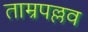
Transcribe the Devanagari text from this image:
ताम्रपल्लव